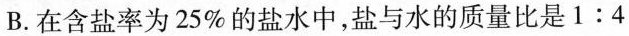
B.在含盐率为25%的盐水中，盐与水的质量比是1:4